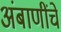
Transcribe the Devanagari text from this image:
अंबाणींचे